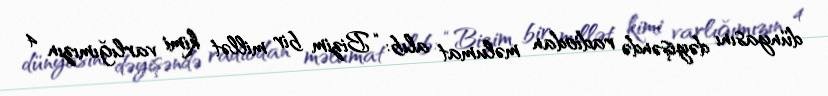
dünyasını dəyişəndə radiodan məlumat alıb: “Bizim bir millət kimi varlığımızın 4